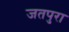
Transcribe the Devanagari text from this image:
जतपुरा